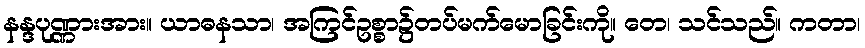
နန္ဒပုဏ္ဏားအား။ ယာဓနသာ၊ အကြင်ဥစ္စာ၌တပ်မက်မောခြင်းကို။ တေ၊ သင်သည်။ ကတာ၊